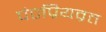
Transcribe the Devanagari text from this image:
पं०प्रियव्रत